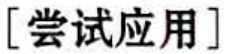
[尝试应用]